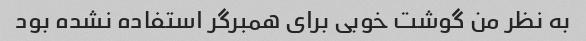
به نظر من گوشت خوبی برای همبرگر استفاده نشده بود